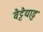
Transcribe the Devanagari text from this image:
वैट्टैयाडु